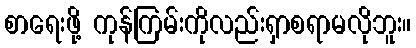
စာရေးဖို့ ကုန်ကြမ်းကိုလည်းရှာစရာမလိုဘူး။